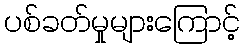
ပစ်ခတ်မှုများကြောင့်